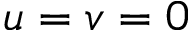
u = v = 0